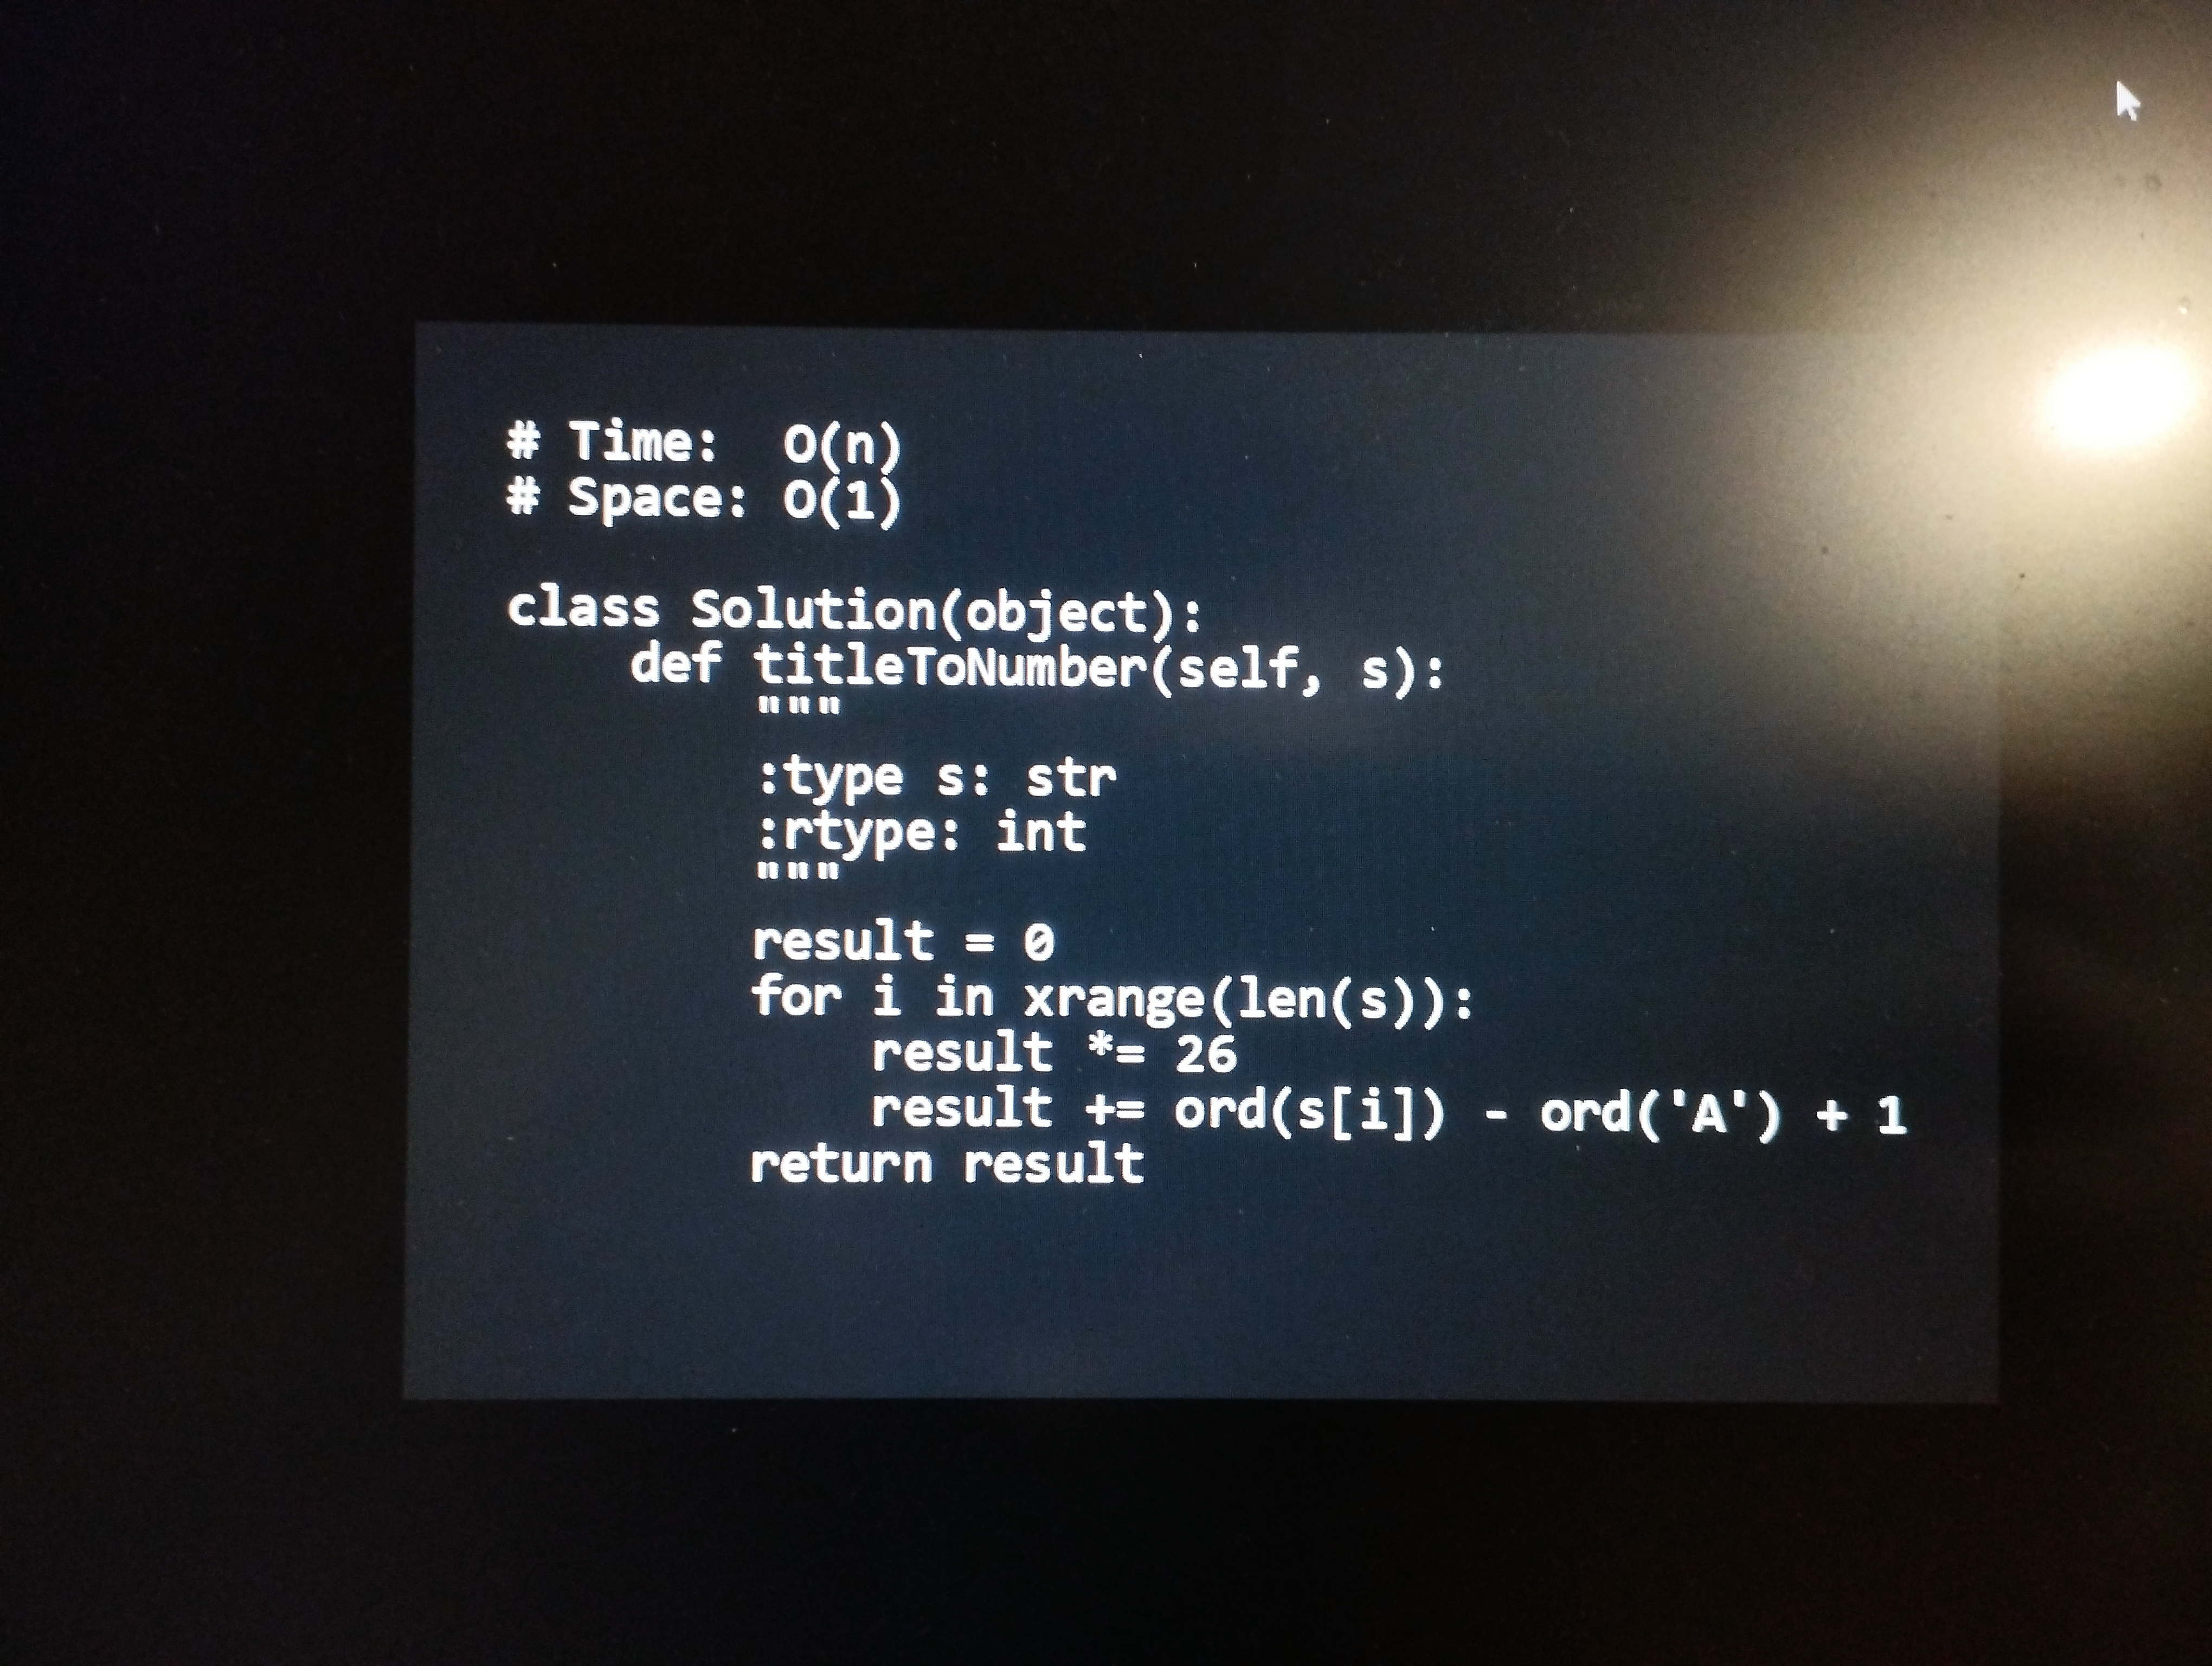
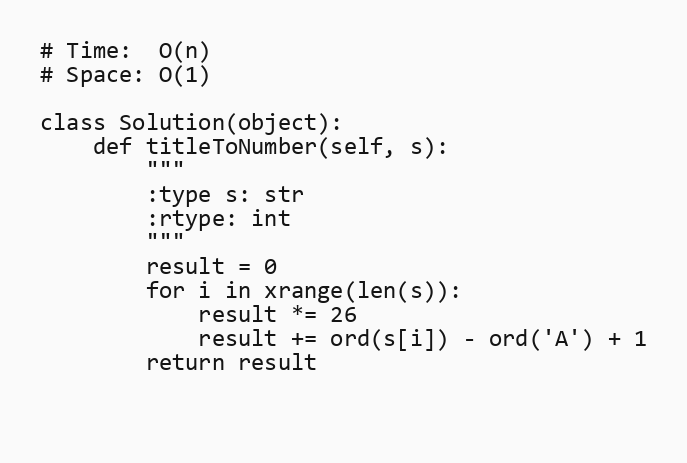
# Time:  O(n)
# Space: O(1)

class Solution(object):
    def titleToNumber(self, s):
        """
        :type s: str
        :rtype: int
        """
        result = 0
        for i in xrange(len(s)):
            result *= 26
            result += ord(s[i]) - ord('A') + 1
        return result